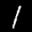
Label: 1